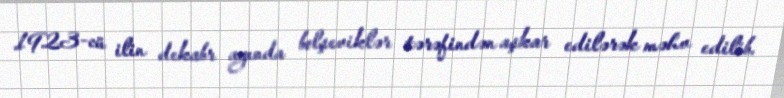
1923-cü ilin dekabr ayında bolşeviklər tərəfindən aşkar edilərək məhv edilib.